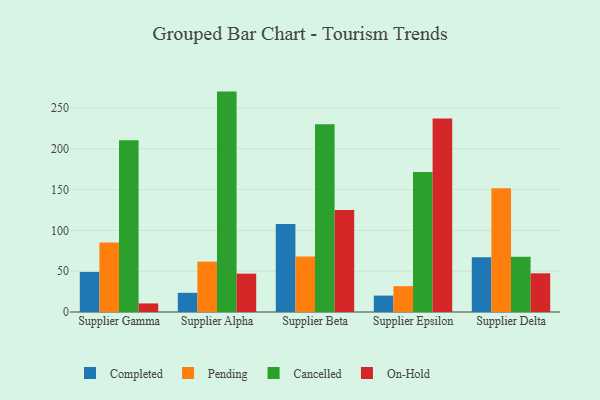
{"axis": {"x": "Supplier", "y": "Latency (ms)"}, "legend": ["Cancelled", "Completed", "On-Hold", "Pending"], "data": [{"x": "Supplier Gamma", "y": 49.1, "type": "Completed"}, {"x": "Supplier Gamma", "y": 85.1, "type": "Pending"}, {"x": "Supplier Gamma", "y": 210.5, "type": "Cancelled"}, {"x": "Supplier Gamma", "y": 10.5, "type": "On-Hold"}, {"x": "Supplier Alpha", "y": 23.5, "type": "Completed"}, {"x": "Supplier Alpha", "y": 61.7, "type": "Pending"}, {"x": "Supplier Alpha", "y": 270.1, "type": "Cancelled"}, {"x": "Supplier Alpha", "y": 47.0, "type": "On-Hold"}, {"x": "Supplier Beta", "y": 107.7, "type": "Completed"}, {"x": "Supplier Beta", "y": 68.0, "type": "Pending"}, {"x": "Supplier Beta", "y": 230.1, "type": "Cancelled"}, {"x": "Supplier Beta", "y": 125.0, "type": "On-Hold"}, {"x": "Supplier Epsilon", "y": 20.1, "type": "Completed"}, {"x": "Supplier Epsilon", "y": 31.7, "type": "Pending"}, {"x": "Supplier Epsilon", "y": 171.5, "type": "Cancelled"}, {"x": "Supplier Epsilon", "y": 237.0, "type": "On-Hold"}, {"x": "Supplier Delta", "y": 67.1, "type": "Completed"}, {"x": "Supplier Delta", "y": 151.8, "type": "Pending"}, {"x": "Supplier Delta", "y": 67.6, "type": "Cancelled"}, {"x": "Supplier Delta", "y": 47.4, "type": "On-Hold"}]}